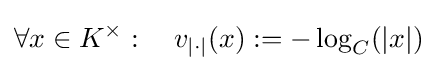
\forall x\in K^{\times }:\quad v_{|\cdot |}(x):=-\log _{C}(|x|)